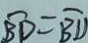
\widehat { B D } = \widehat { B D }